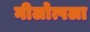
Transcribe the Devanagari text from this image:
नीलोत्पला